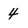
Character: 4